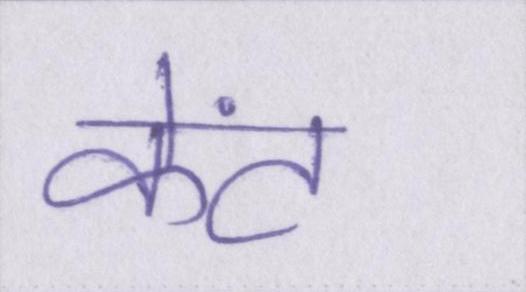
केंट